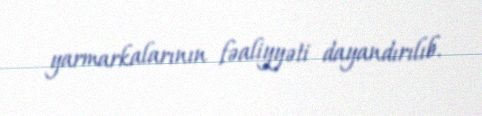
yarmarkalarının fəaliyyəti dayandırılıb.